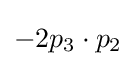
-2p_{3}\cdot p_{2}